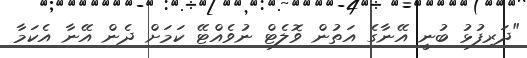
"ދަރިފުޅު ބުނީ އޭނާގެ އަތުން ވޮލެޓް ނުވެއްޓޭ ކަމަށް ދެން އޭނާ އެކަމާ